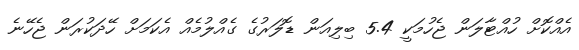
އެއްކޮށް ހުއްޓާލަން ޖެހުމަކީ 5.4 ބިލިއަން ޑޮލަރުގެ ގެއްލުމެއް އެކަމަށް ހޭދަކުރަން ޖެހޭނެ